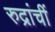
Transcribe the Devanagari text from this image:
रुद्रांचीं